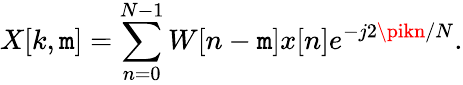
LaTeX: X[k,\mathtt{m}]=\sum_{n=0}^{N-1}W[n-\mathtt{m}]x[n]e^{-j2\pikn/N}.